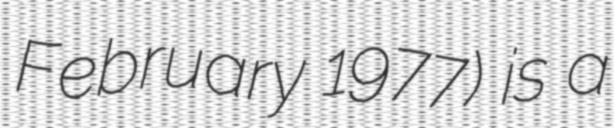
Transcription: February 1977) is a